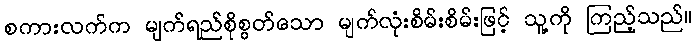
စကားလက်က မျက်ရည်စိုစွတ်သော မျက်လုံးစိမ်းစိမ်းဖြင့် သူ့ကို ကြည့်သည်။